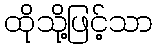
ထိုသို့ဖြင့်သာ